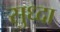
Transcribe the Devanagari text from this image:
सुध्‍दा